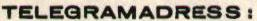
TELEGRAMADRESS: